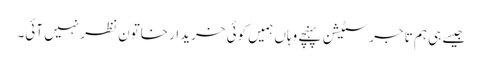
جیسے ہی ہم تاجر سٹیشن پہنچے وہاں ہمیں کوئی خریدار خاتون نظر نہیں آئی۔